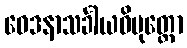
ဝေဒနာသင်္ခါယဝိမုတ္တော